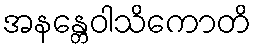
အနန္တေဝါသိကောတိ